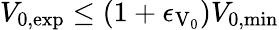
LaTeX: V_{\mathrm{0,exp}}\leq\left(1+\epsilon_{\mathrm{V_{\mathrm{0}}}}\right)V_{\mathrm{0,min}}